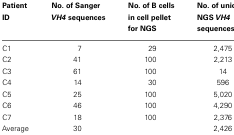
| Patient ID | No. of Sanger VH4 sequences | No. of B cells in cell pellet for NGS | No. of unique NGS VH4 sequences |
 | --- | --- | --- | --- |
 | C1 | 7 | 29 | 2,475 |
 | C2 | 41 | 100 | 2,213 |
 | C3 | 61 | 100 | 14 |
 | C4 | 14 | 30 | 596 |
 | C5 | 25 | 100 | 5,020 |
 | C6 | 46 | 100 | 4,290 |
 | C7 | 18 | 100 | 2,376 |
 | Average | 30 |  | 2,426 |